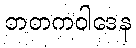
ဘတကဝါဒေန